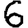
Digit: 6